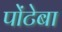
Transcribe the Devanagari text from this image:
पोंटेबा